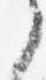
之